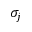
\sigma _ { j }